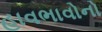
હાવભાવોનો